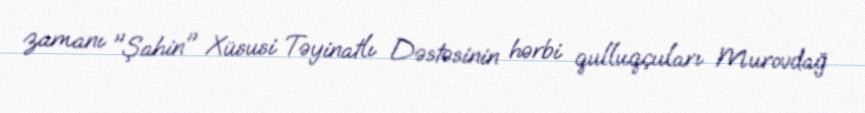
zamanı "Şahin" Xüsusi Təyinatlı Dəstəsinin hərbi qulluqçuları Murovdağ